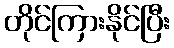
တိုင်ကြားနိုင်ပြီး